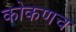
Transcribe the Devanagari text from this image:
कोकणच